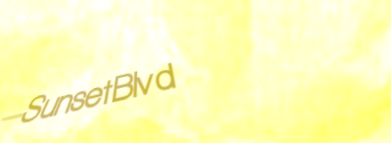
SunsetBlvd